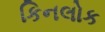
કિનલોક